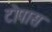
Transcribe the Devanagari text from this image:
टोपास